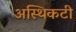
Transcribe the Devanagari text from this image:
अस्थिकटी